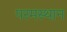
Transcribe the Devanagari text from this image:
परमस्थान